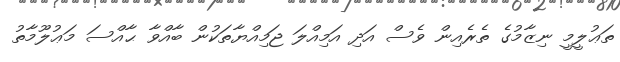
ތަޢުލީމީ ނިޒާމުގެ ތެރެއިން ވެސް އަދި އަމިއްލަ ޖަމިއްޔާތަކުން ބާއްވާ ޙާއްސަ މަޢުލޫމާތު